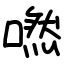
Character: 嘫